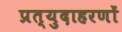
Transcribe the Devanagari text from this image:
प्रत्युदाहरणों